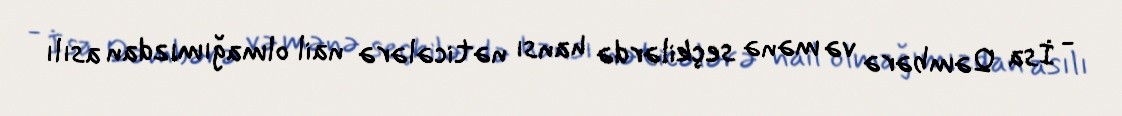
- İsa Qəmbərə və mənə seçkilərdə hansı nəticələrə nail olmağımızdan asılı